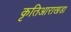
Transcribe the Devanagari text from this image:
कृतिआराखडा